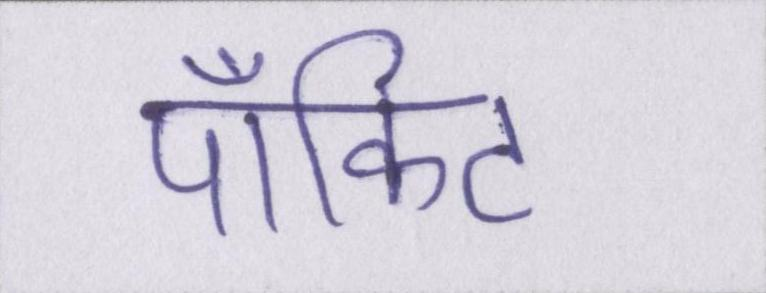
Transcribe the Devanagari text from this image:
पॉकिट